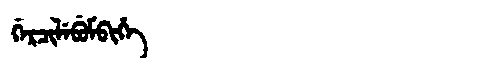
Manchu: ᡤᡝᡵᠴᡳᠯᡝᠪᡠᠮᠪᡳᡥᡝ
Romanization: GERCILEBUMBIHE